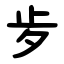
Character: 㱑